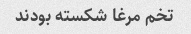
تخم مرغا شکسته بودند